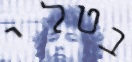
בטלי